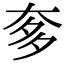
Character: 奓